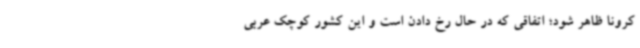
کرونا ظاهر شود؛ اتفاقی که در حال رخ دادن است و این کشور کوچک عربی